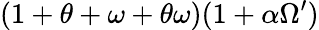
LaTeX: (1+\theta+\omega+\theta\omega)(1+\alpha\Omega^{\prime})